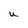
Character: U